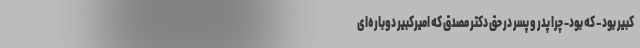
کبیر بود – که بود- چرا پدر و پسر در حق دکتر مصدق که امیرکبیر دوباره‌ای